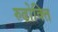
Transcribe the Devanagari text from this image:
रुढोक्ति